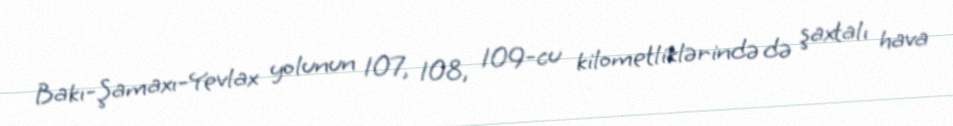
Bakı-Şamaxı-Yevlax yolunun 107, 108, 109-cu kilometliklərində də şaxtalı hava